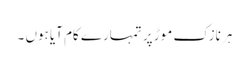
ہر نازک موڑ پر تمہارے کام آیا ہوں ۔